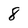
Character: 8